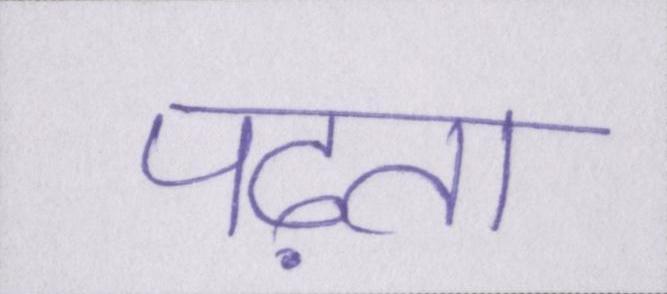
पढ़ता